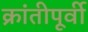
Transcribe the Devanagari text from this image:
क्रांतीपूर्वी